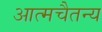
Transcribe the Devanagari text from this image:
आत्मचैतन्य